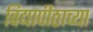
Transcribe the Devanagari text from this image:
विद्यापीठाच्‍या